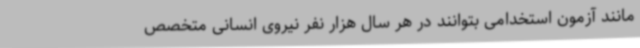
مانند آزمون استخدامی بتوانند در هر سال هزار نفر نیروی انسانی متخصص